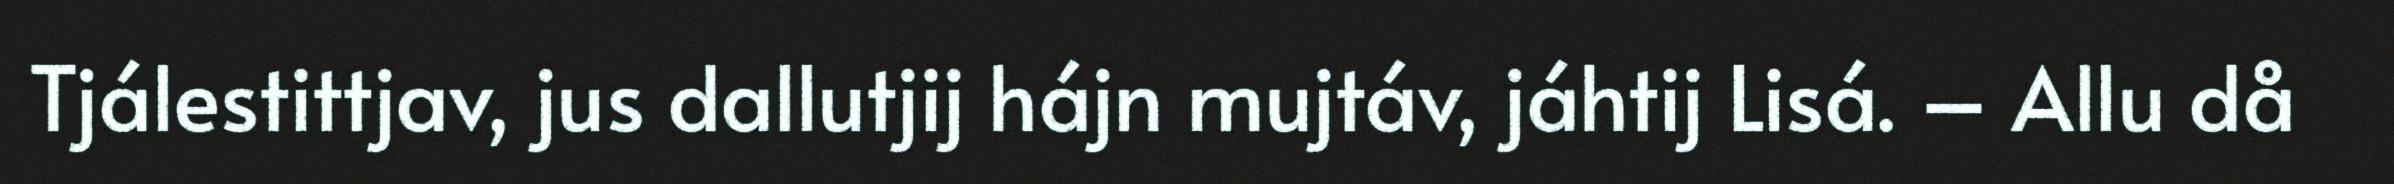
Tjálestittjav, jus dallutjij hájn mujtáv, jáhtij Lisá. – Allu då